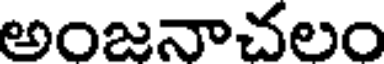
అంజనాచలం